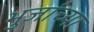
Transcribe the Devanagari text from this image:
भुजांच्या